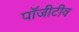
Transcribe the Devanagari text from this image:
पॉजीटीव